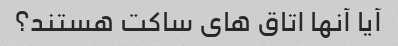
آیا آنها اتاق های ساکت هستند؟